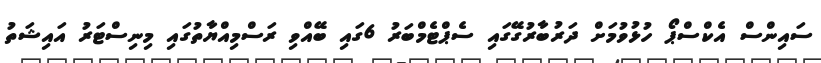
ސައިންސް އެކްސްޕޯ ހުޅުވުމަށް ދަރުބާރުގޭގައި ސެޕްޓެމްބަރު 6ގައި ބޭއްވި ރަސްމިއްޔާތުގައި މިނިސްޓަރު އައިޝަތު